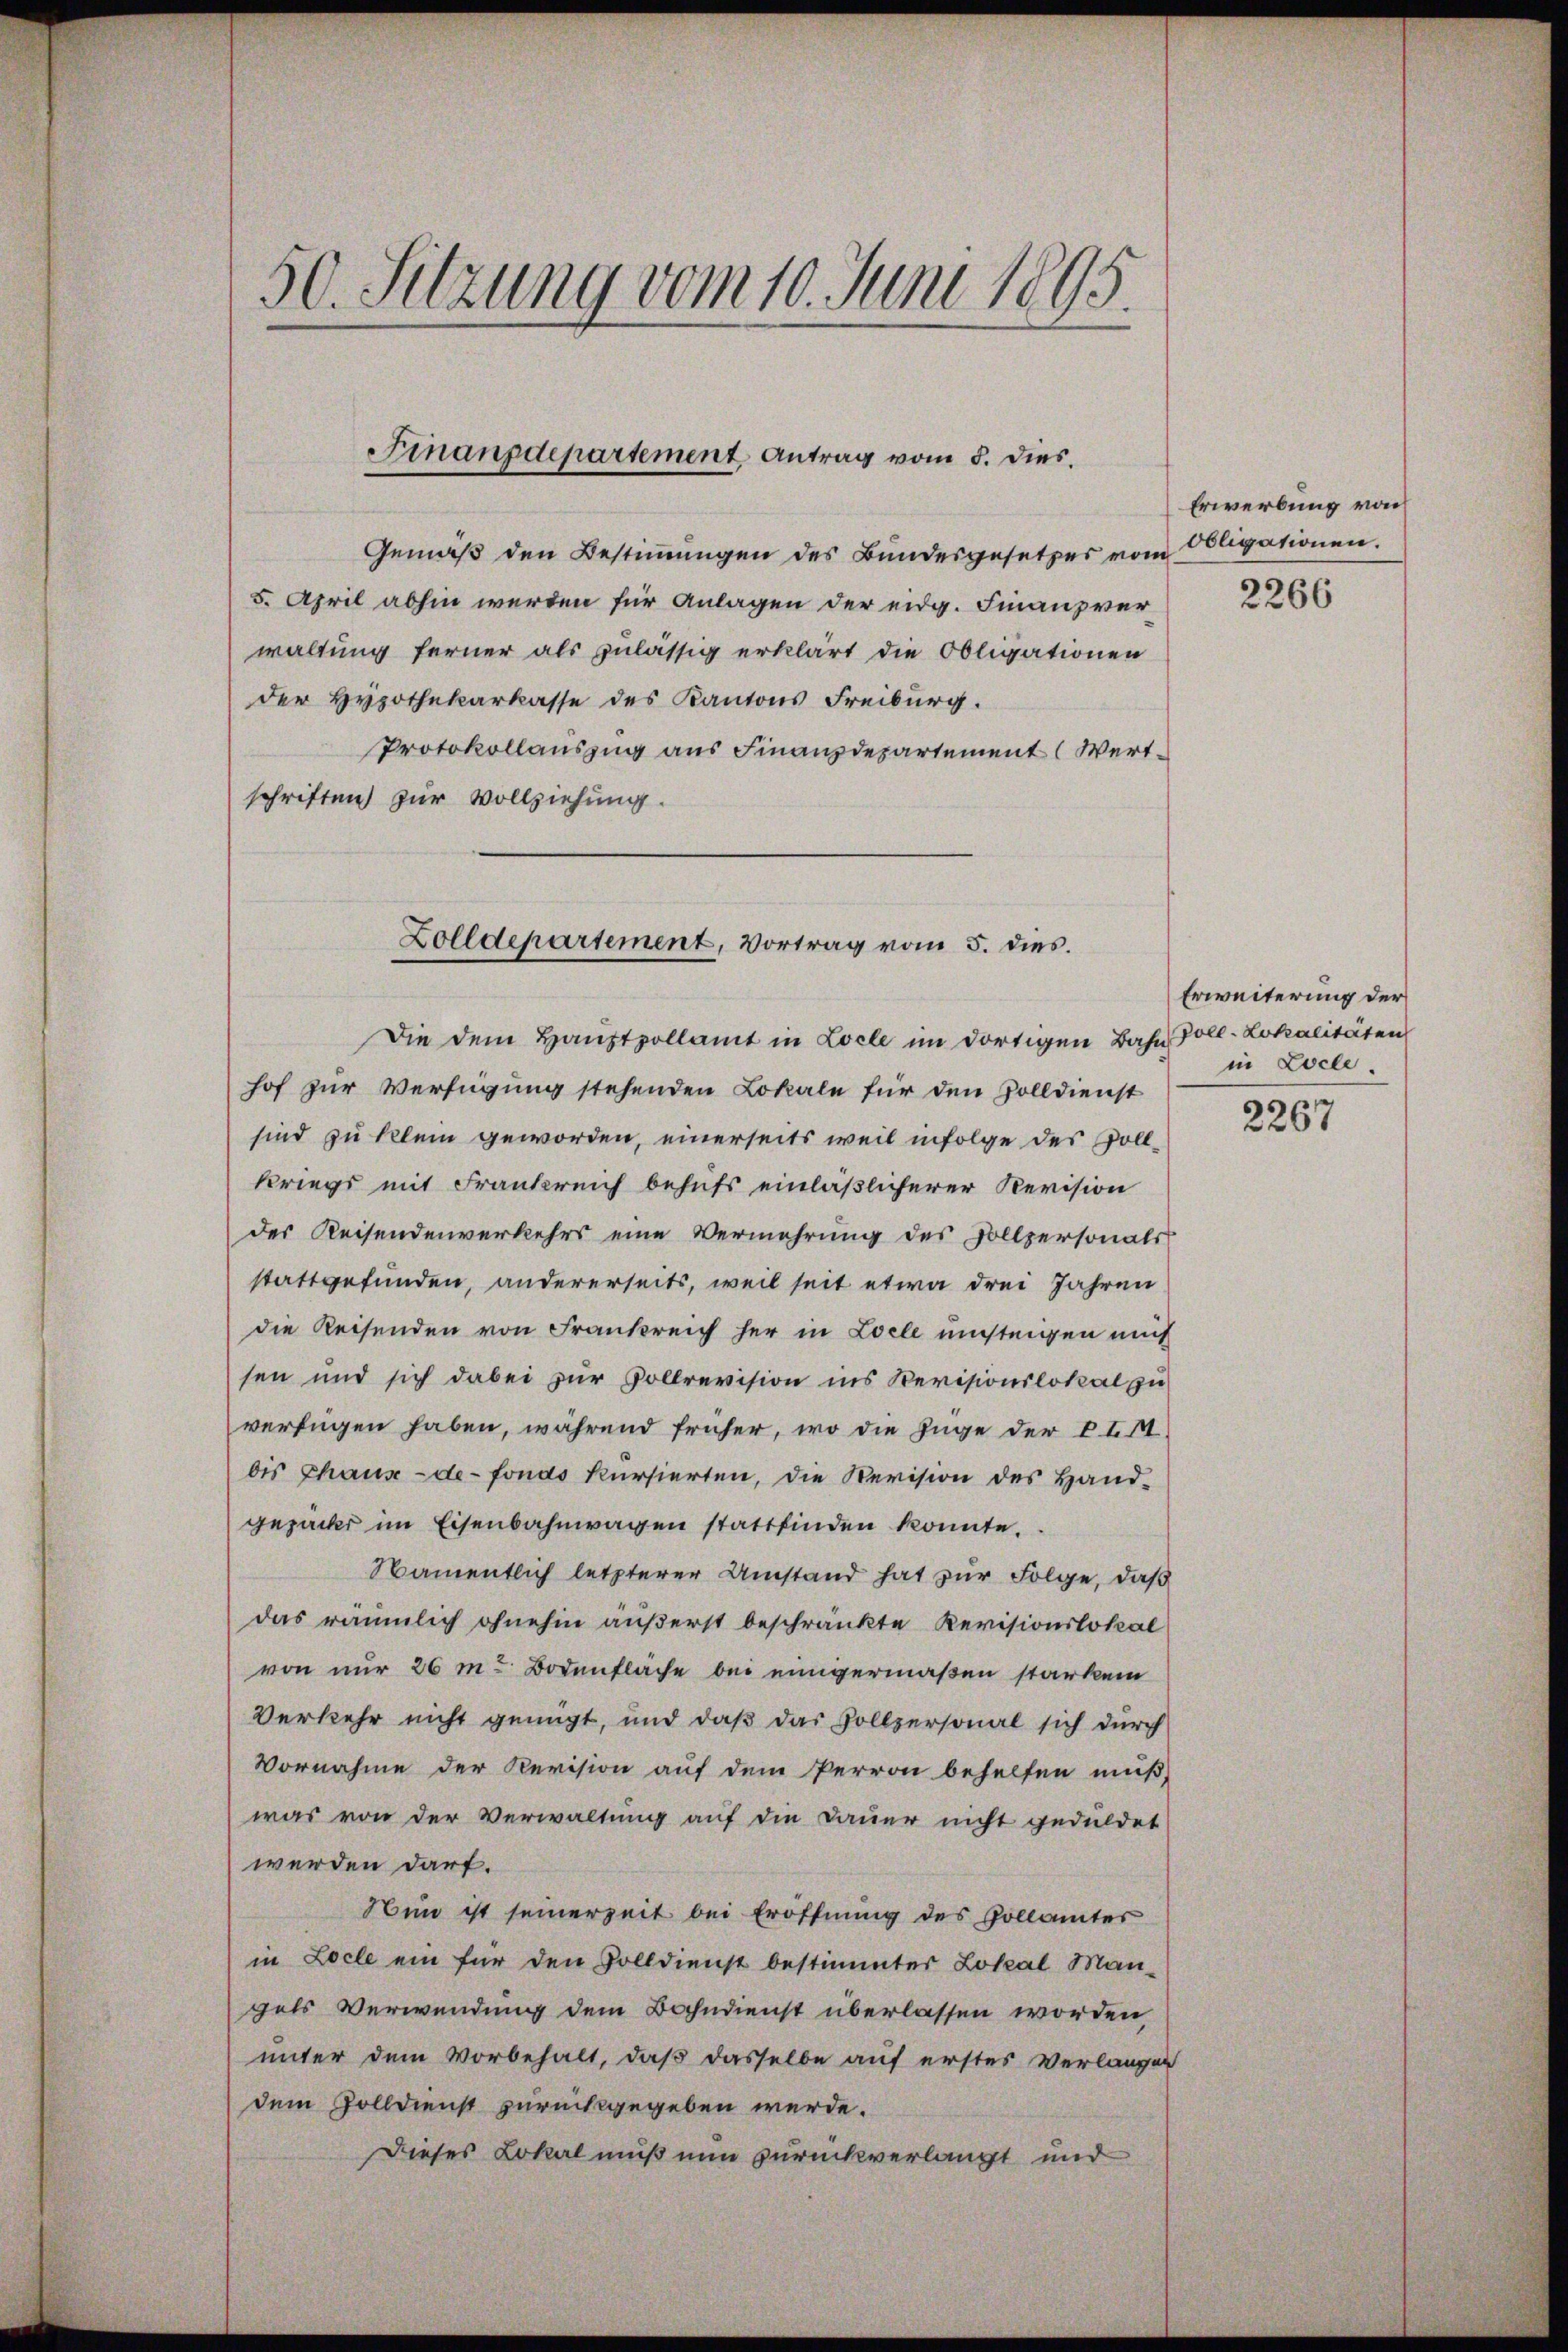
50. Sitzung vom 10. Juni 1895.

Finanzdepartement, Antrag vom 5. dies.

Gemäß den Bestimmungen des Bundesgesetzes vom
5. April abhin werden für Anlagen der eidg. Finanzverwaltung ferner als zulässig erklärt die Obligationen
der Hypothekarkasse des Kantons Freiburg.
Protokollauszug aus Finanzdepartement (Wertschriften zur Vollziehung.

Zolldepartement, Vortrag vom 5. dies

Die dem Hauptpollamt in Locle im dortigen Bahn Voll-Lokalitäten
hof zur Verfügung stehenden Lokale für den Zolldienst
sind zu klein geworden, einerseits weil infolge des Vollkriegs mit Frankreich behufs einläßlicherer Revision
des Reisendenverkehrs eine Vermehrung des Sollpersonals
stattgefunden, andererseits, weil seit etwa drei Jahren
die Reisenden von Frankreich her in Loele einsteigen mich
sen und sich dabei zur Vollrevision ins Revisionslokal zu
verfügen haben, während früher, wo die Zuge der P. Ist
bis Chaux-de-Fonds kursierten, die Revision des Handgezackt im Eisenbahnwagen stattfinden konnte.
Namentlich letzterer Umstand hat zur Folge, daß
das räumlich ohnehin äußerst beschränkte Revisionslokal
von nur 26 m Bodenfläche bei einigermaßen starken
Verkehr nicht genügt, und daß das Sollpersonal sich durch
Vornahme der Revision auf dem Perron behelfen muß,
was von der Verwaltung auf die Dauer nicht geduldet
werden darf.
Nun ist seinerzeit bei Eröffnung des Hollämter
in Locle ein für den Zolldienst bestimmter Lokal Man-
gels Verwendung dem Bahndienst überlassen worden
unter dem Vorbehalt, daß dasselbe auf erstes Verlangen
dem Zolldienst zurückgegeben werde.
Dieses Lokal muß nun zurückverlangt und

Erwerbung von
Obligationen.

2266

Erweiterung der
in Locle.

2267